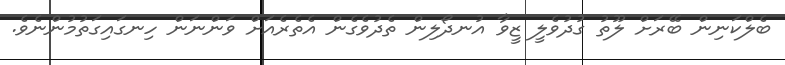
ބެލްކަނިން ބޭރަށް ލޫތު ގުދުވެލީ ޒީވާ އުނދޯލިން ތެދުވެގެން އެތެރެއަށް ވަންނަން ހިނގައިގަތުމުންނެވެ.